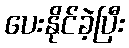
ပေးနိုင်ခဲ့ပြီး